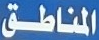
المناطق